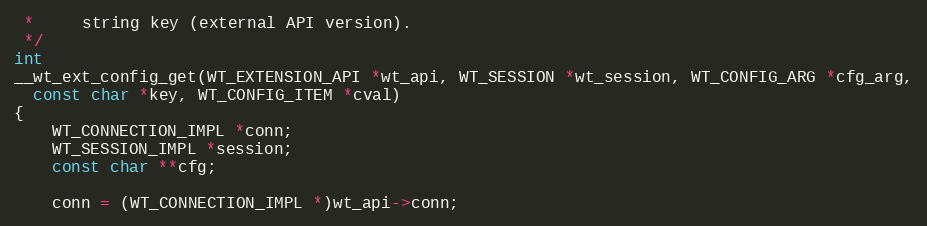
Language: C
 *     string key (external API version).
 */
int
__wt_ext_config_get(WT_EXTENSION_API *wt_api, WT_SESSION *wt_session, WT_CONFIG_ARG *cfg_arg,
  const char *key, WT_CONFIG_ITEM *cval)
{
    WT_CONNECTION_IMPL *conn;
    WT_SESSION_IMPL *session;
    const char **cfg;

    conn = (WT_CONNECTION_IMPL *)wt_api->conn;